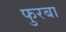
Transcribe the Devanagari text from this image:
फुरबा